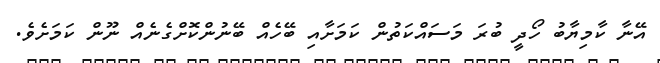
އޭނާ ކާމިޔާބު ހޯދީ ބުރަ މަސައްކަތުން ކަމަށާއި ބޭހެއް ބޭނުންކޮށްގެނެއް ނޫން ކަމަށެވެ.